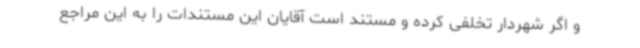
و اگر شهردار تخلفی کرده و مستند است آقایان این مستندات را به این مراجع